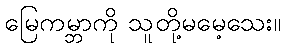
မြေကမ္ဘာကို သူတို့မမေ့သေး။